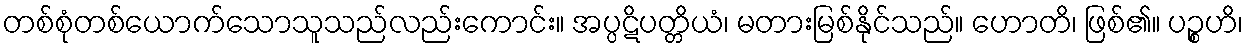
တစ်စုံတစ်ယောက်သောသူသည်လည်းကောင်း။ အပ္ပဋိပတ္တိယံ၊ မတားမြစ်နိုင်သည်။ ဟောတိ၊ ဖြစ်၏။ ပဉ္စဟိ၊